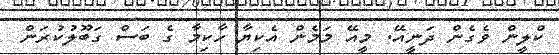
ކްލީން ވެގެން ދަނީއޭ. މީއޭ މަމެން އެކިޔާ ހާކިމާ ގެ ބަސް ގަބޫލުކުރަން